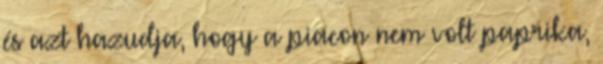
és azt hazudja, hogy a piacon nem volt paprika,